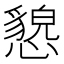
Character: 㦝